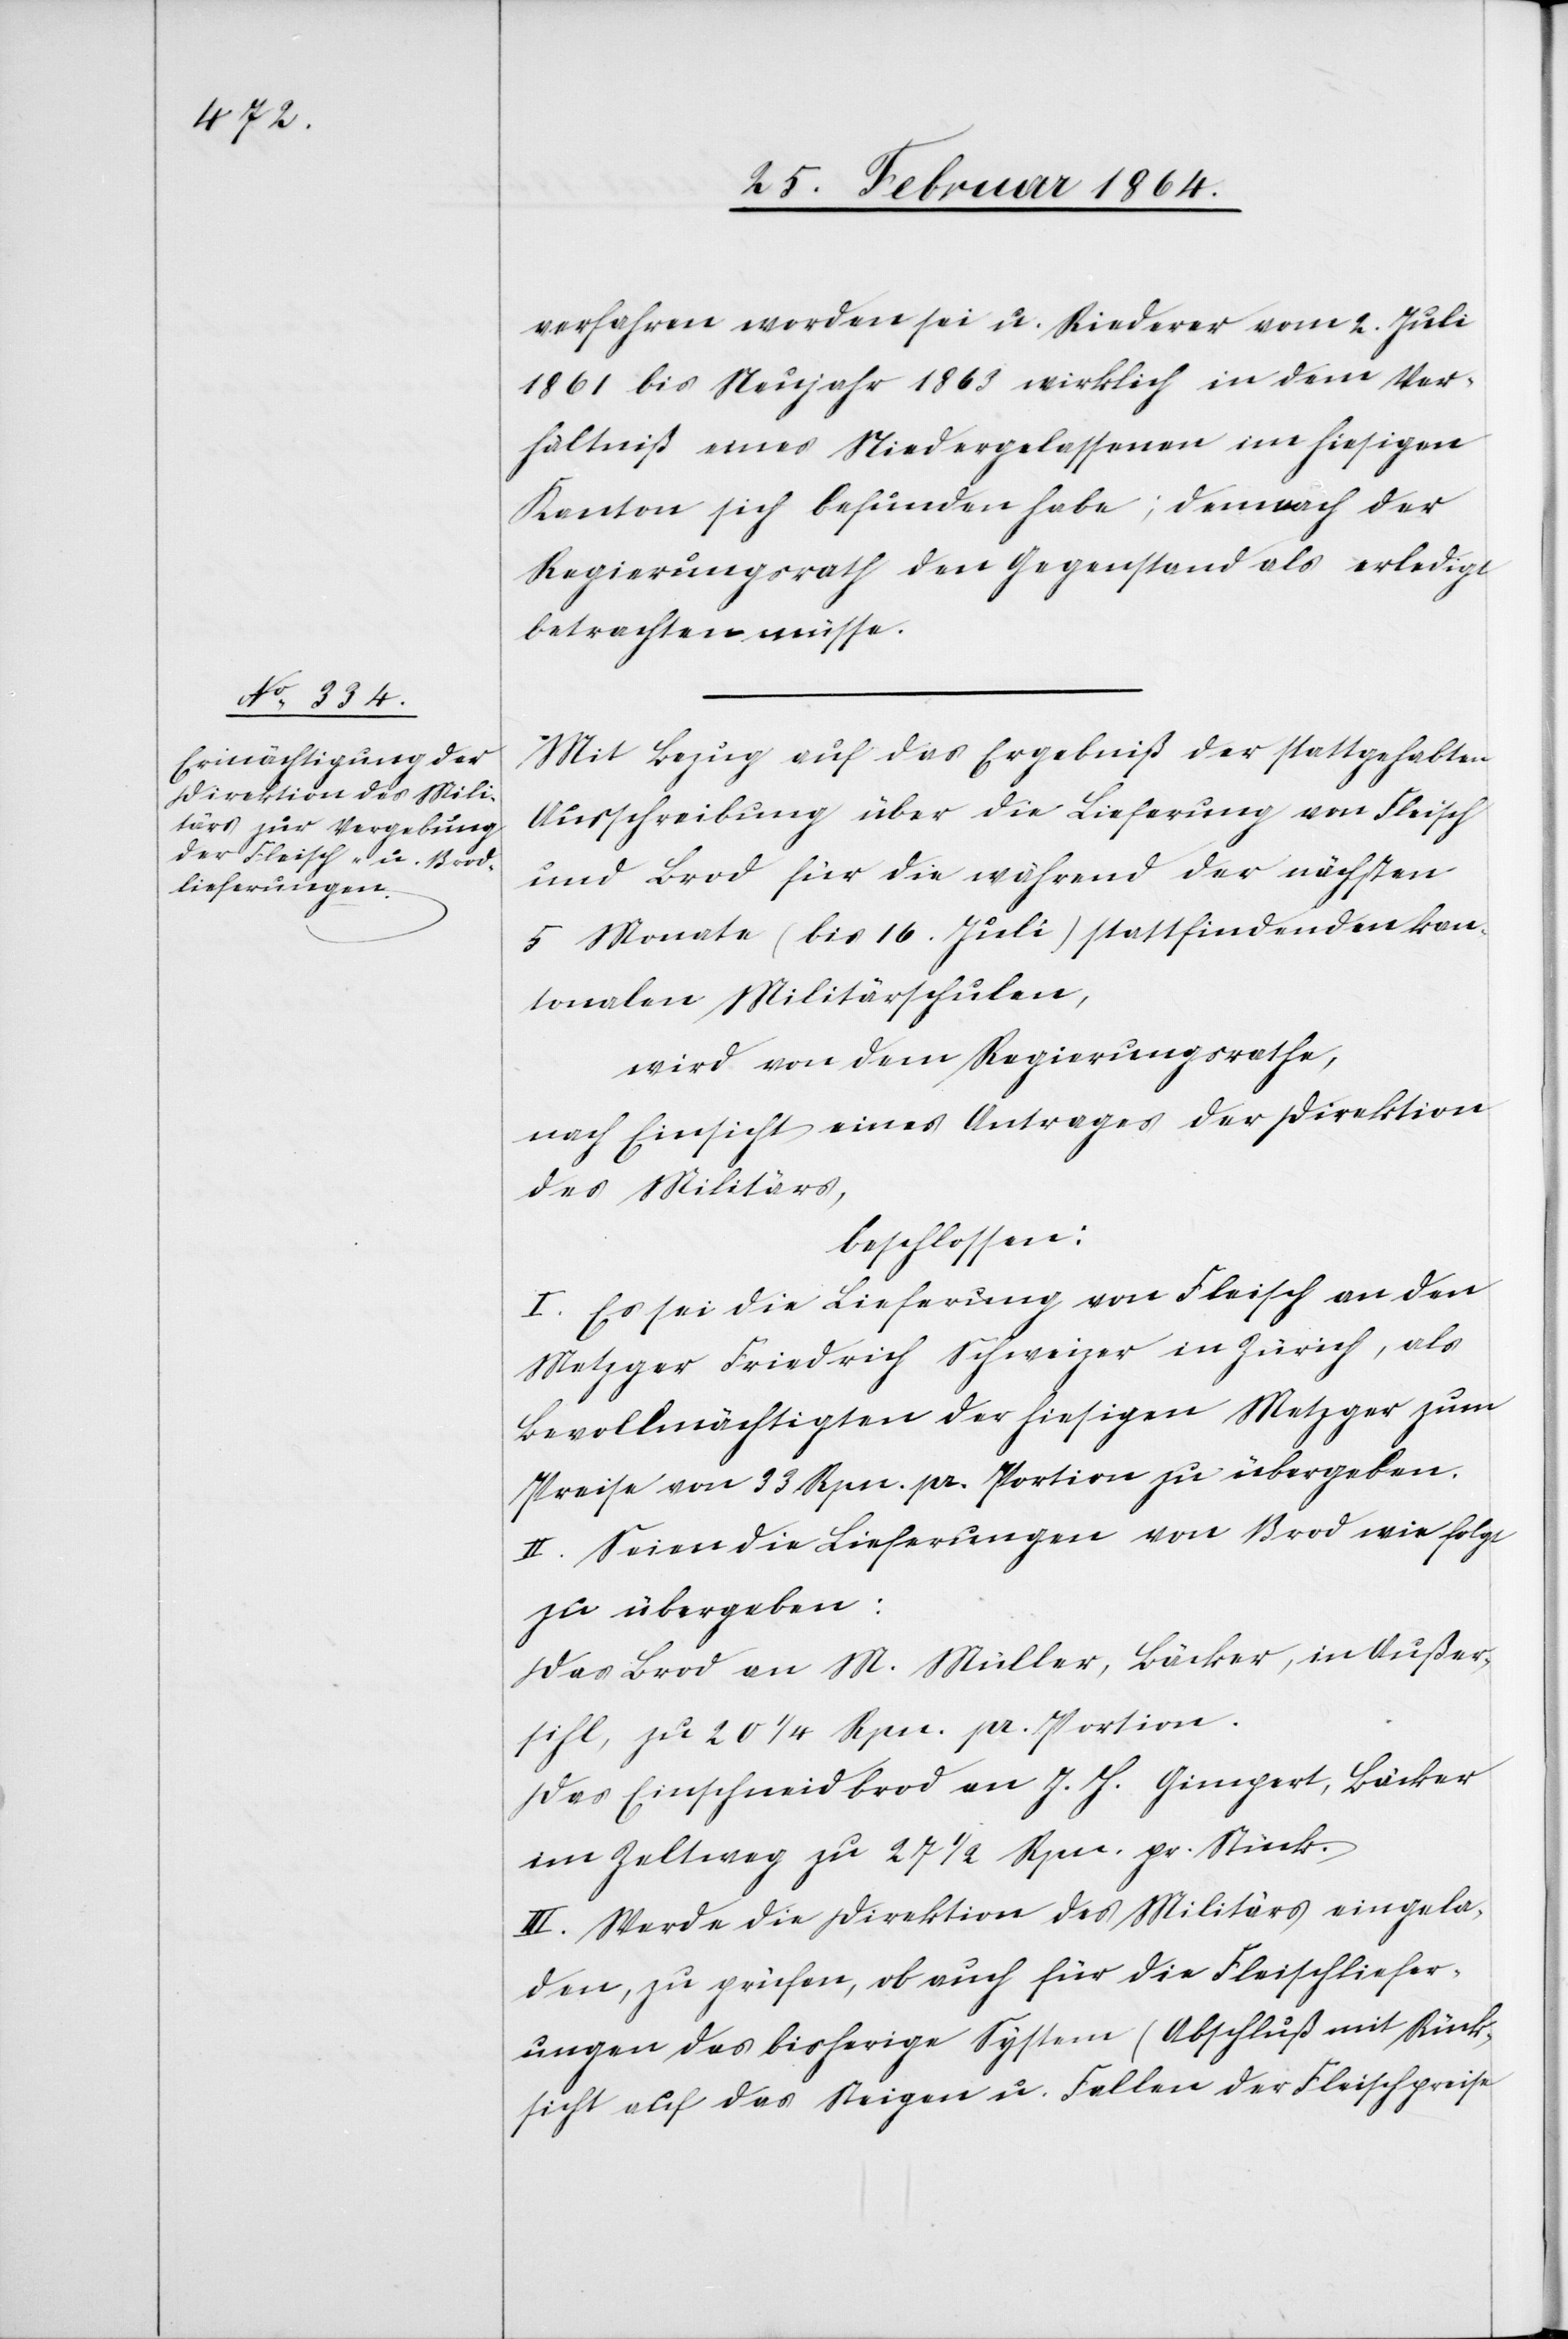
verfahren worden sei u. Riederer vom 2. Juli
1861 bis Neujahr 1863 wirklich in dem Ver¬
hältniß eines Niedergelassenen im hiesigen
Kanton sich befunden habe; demnach der
Regierungsrath den Gegenstand als erledigt
betrachten müsse.
Mit Bezug auf das Ergebniß der stattgehabten
Ausschreibung über die Lieferung von Fleisch
und Brod für die während der nächsten
5 Monate (bis 16. Juli) stattfindenden kan¬
tonalen Militärschulen,
wird von dem Regierungsrathe,
nach Einsicht eines Antrages der Direktion
des Militärs,
beschlossen:
I. Es sei die Lieferung von Fleisch an den
Metzger Friedrich Schweizer in Zürich, als
Bevollmächtigten der hiesigen Metzger zum
Preise von 33 Rpn. pr. Portion zu übergeben.
II. Seien die Lieferungen von Brod wie folgt
zu übergeben:
Das Brod an M. Müller, Bäcker, in Außer¬
sihl, zu 20 1/4 Rpn. pr. Portion.
Das Einschneidbrod an J. H. Gimpert, Bäcker
im Zeltweg zu 27 1/2 Rpn. pr. Stück.
III. Werde die Direktion des Militärs eingela¬
den, zu prüfen, ob auch für die Fleischliefer¬
ungen das bisherige System (Abschluß mit Rück¬
sicht auf das Steigen u. Fallen der Fleischpreise